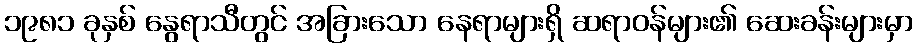
၁၉၈၁ ခုနှစ် နွေရာသီတွင် အခြားသော နေရာများရှိ ဆရာဝန်များ၏ ဆေးခန်းများမှာ